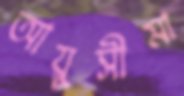
আয়ুসীমা